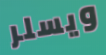
ويسلر